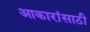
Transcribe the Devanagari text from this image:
आकारांसाठी